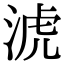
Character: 淲